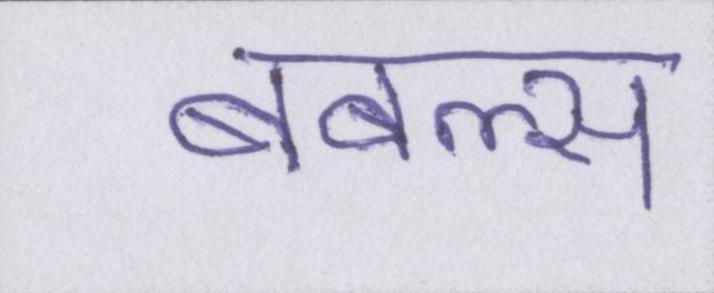
बबल्स